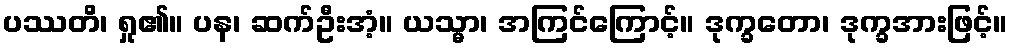
ပဿတိ၊ ရှု၏။ ပန၊ ဆက်ဦးအံ့။ ယသ္မာ၊ အကြင်ကြောင့်။ ဒုက္ခတော၊ ဒုက္ခအားဖြင့်။